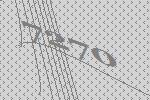
7270